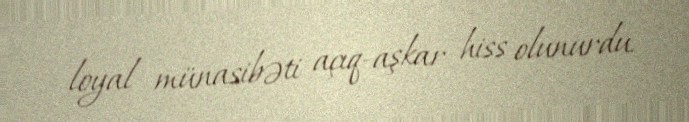
loyal münasibəti açıq-aşkar hiss olunurdu.